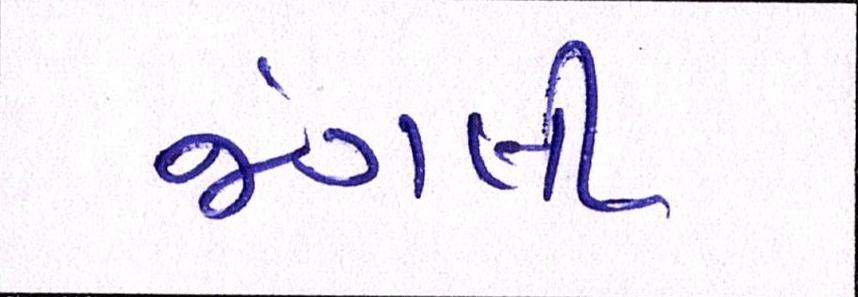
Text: જંગલી